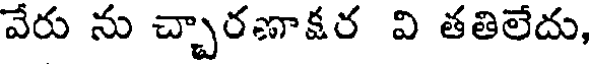
వేరు ను చ్చారణాక్షర వి తతిలేదు,